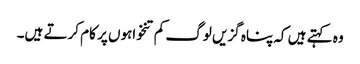
وہ کہتے ہیں کہ پناہ گزیں لوگ کم تنخواہوں پر کام کرتے ہیں۔